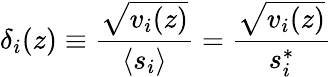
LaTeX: \delta_{i}(z)\equiv\frac{\sqrt{v_{i}(z)}}{\langle s_{i}\rangle}=\frac{\sqrt{v_{i}(z)}}{s_{i}^{*}}